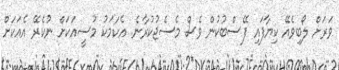
ވަރަށް ލޯބިވެއޭ ކިޔާފައި ފޭސްބުކުން ވެސް މެސެޖުކުރާނެ. އެކަމަކު މުސީއަކަށް ނުކެރޭ އެއަކަށް